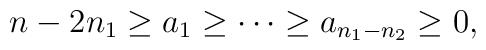
n-2n_1 \geq a_1 \geq \cdots \geq a_{n_1 -n_2} \geq 0,